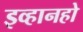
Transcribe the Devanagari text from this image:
इव्हानहो